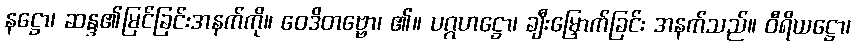
နဋ္ဌော၊ ဆန္ဒ၏မြင်ခြင်းအနက်ကို။ ဝေဒိတဗ္ဗော၊ ၏။ ပဂ္ဂဟဋ္ဌော၊ ချီးမြှောက်ခြင်း အနက်သည်။ ဝီရိယဋ္ဌော၊